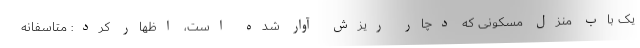
یک باب منزل مسکونی که دچار ریزش آوار شده است، اظهار کرد: متاسفانه